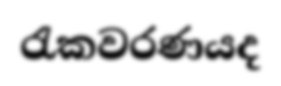
රැකවරණයද